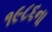
૧૯૮૬ના